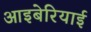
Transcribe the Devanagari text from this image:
आइबेरियाई